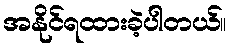
အနိုင်ရထားခဲ့ပါတယ်။